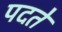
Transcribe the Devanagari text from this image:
पदते